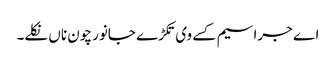
اے جراسیم کسے وی تکڑے جانور چون ناں نکلے۔